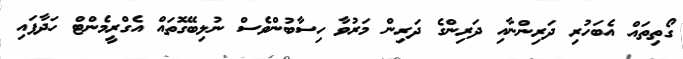
ގޯތިތައް އެބަހުރި ދަރިންނާއި ދަރިންގެ ދަރިން މަރުވާ ހިސާބުންވެސް ނުލިބޭގޮތައް އެގްރީމެންޓް ހަދާފައި